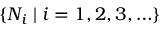
\{ N _ { i } \mid i = 1 , 2 , 3 , \ldots \}